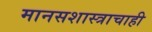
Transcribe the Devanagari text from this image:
मानसशास्त्राचाही